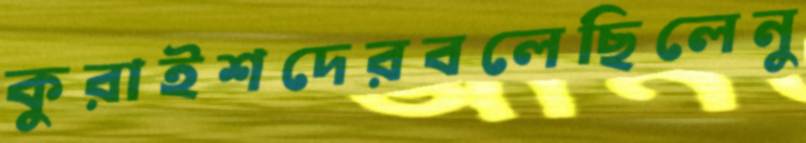
কুরাইশদেরবলেছিলেনু